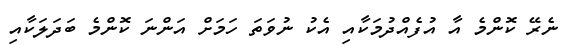
ނެރޭ ކޮންމެ އާ އުފެއްދުމަކާއި އެކު ނުވަތަ ހަމަށް އަންނަ ކޮންމެ ބަދަލަކާއި